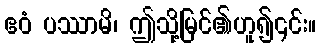
ဧဝံ ပဿာမိ၊ ဤသို့မြင်၏ဟူ၍၎င်း။